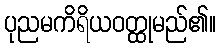
ပုညမကိရိယဝတ္ထုမည်၏။